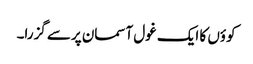
کوؤں کا ایک غول آسمان پرسے گزرا۔